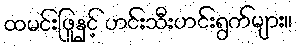
ထမင်းဖြူနှင့် ဟင်းသီးဟင်းရွက်များ။